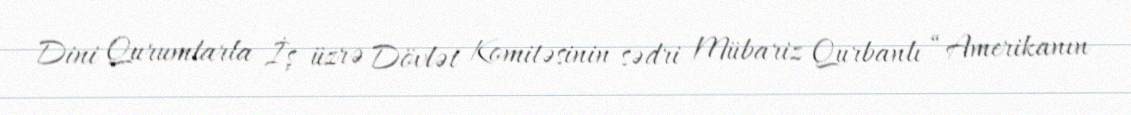
Dini Qurumlarla İş üzrə Dövlət Komitəsinin sədri Mübariz Qurbanlı “Amerikanın